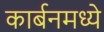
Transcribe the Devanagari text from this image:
कार्बनमध्ये